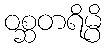
ဝစ္ဆတရိမ္ပိ